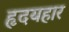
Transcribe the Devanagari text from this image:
हृदयहार